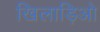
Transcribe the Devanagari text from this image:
खिलाड़िओ